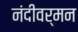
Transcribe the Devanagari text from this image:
नंदीवर्मन